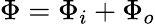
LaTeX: \Phi=\Phi_{i}+\Phi_{o}